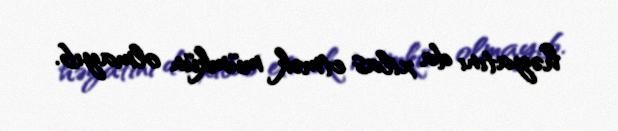
həyatını da xilas etmək mümkün olmayıb.